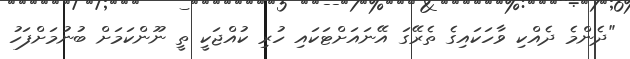
"ދެންމެ ދެއްކި ވާހަކައިގެ ތެރޭގަ އޭނައަށްޓަކައި ހުރި ކުއްޖަކީ ތީ ނޫންކަމަށް ބުނުމަށްފަހު